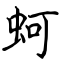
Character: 蚵